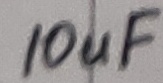
Text: 10uF